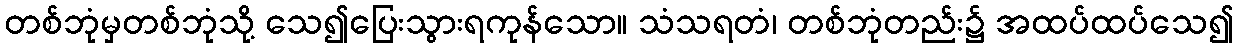
တစ်ဘုံမှတစ်ဘုံသို့ သေ၍ပြေးသွားရကုန်သော။ သံသရတံ၊ တစ်ဘုံတည်း၌ အထပ်ထပ်သေ၍